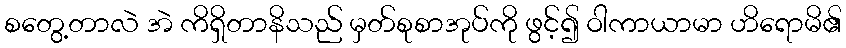
စတွေ့တာလဲ အဲ ကိရှိတာနိသည် မှတ်စုစာအုပ်ကို ဖွင့်၍ ဝါကာယာမာ ဟိရောမိ၏